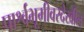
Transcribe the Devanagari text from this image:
पार्श्वभूमीवरदेखील